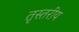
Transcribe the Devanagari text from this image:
तृस्तरीय